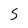
Character: S